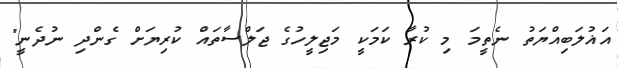
އަޣުލަބިއްޔަތު ނެތީމަ މި ކުރާ ކަމަކީ މަޖިލީހުގެ ޖަލްސާތައް ކުރިޔަށް ގެންދި ނުދެނީ"